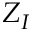
Z _ { I }